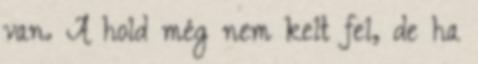
van. A hold még nem kelt fel, de ha